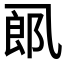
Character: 𱎋